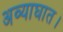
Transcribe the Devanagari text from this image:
अव्याघात।